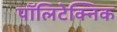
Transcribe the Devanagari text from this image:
पॉलिटेक्‍निक